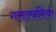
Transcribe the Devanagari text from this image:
गलतफमियां